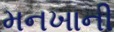
મનખાની